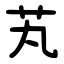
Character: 芄